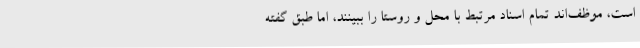
است، موظف‌اند تمام اسناد مرتبط با محل و روستا را ببینند، اما طبق گفته